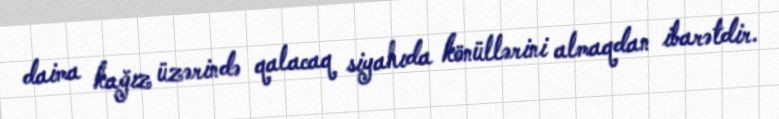
daima kağız üzərində qalacaq siyahıda könüllərini almaqdan ibarətdir.